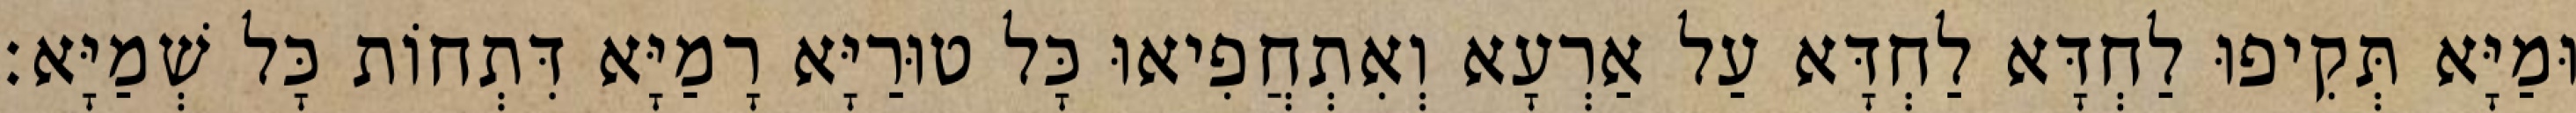
וּמַיָּא תְּקִיפוּ לַחְדָּא לַחְדָּא עַל אַרְעָא וְאִתְחֲפִיאוּ כָּל טוּרַיָּא רָמַיָּא דִּתְחוֹת כָּל שְׁמַיָּא׃